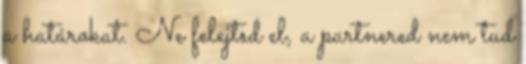
a határokat. Ne felejtsd el, a partnered nem tud